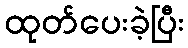
ထုတ်ပေးခဲ့ပြီး